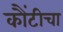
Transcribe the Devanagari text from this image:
कौंटीचा